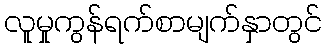
လူမှုကွန်ရက်စာမျက်နှာတွင်